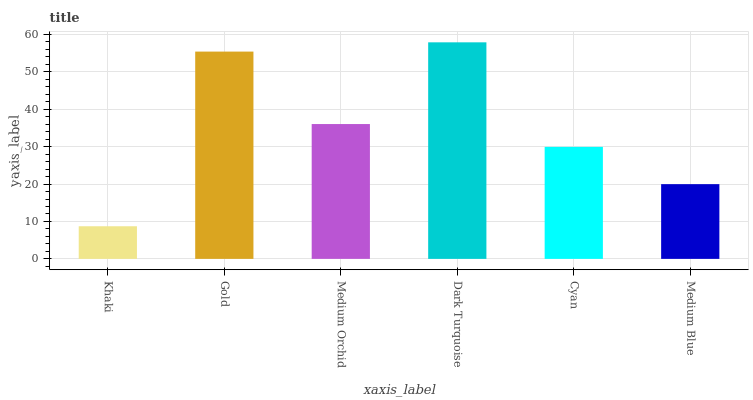
| xaxis_label | bars |
 | --- | --- |
 | Khaki | 8.72 |
 | Gold | 55.4 |
 | Medium Orchid | 36 |
 | Dark Turquoise | 57.9 |
 | Cyan | 29.9 |
 | Medium Blue | 20 |